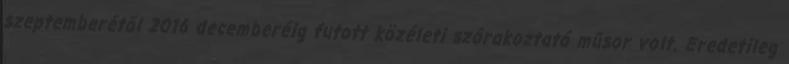
szeptemberétől 2016 decemberéig futott közéleti szórakoztató műsor volt. Eredetileg